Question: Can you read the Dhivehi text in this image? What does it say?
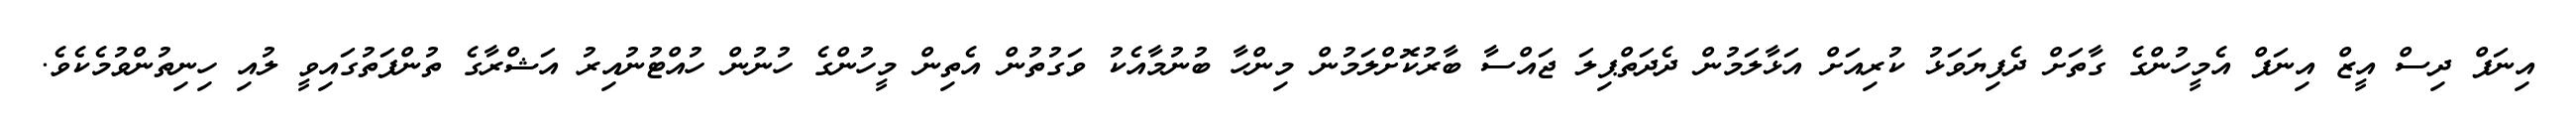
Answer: އިނަފް ދިސް އީޒް އިނަފް އެމީހުންގެ ގާތަށް ދެފިޔަވަޅު ކުރިއަށް އަޅާލަމުން ދެދަތްޕިލަ ޖައްސާ ބާރުކޮށްލަމުން މިންހާ ބުނުމާއެކު ވަގުތުން އެތިން މީހުންގެ ހުނުން ހުއްޓުނުއިރު އަޝްރާގެ ތުންފަތުގައިވީ ލުއި ހިނިތުންވުމެކެވެ.